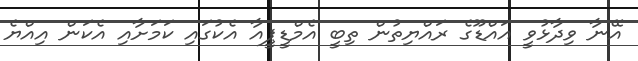
އޭނާ ވިދާޅުވީ އައްޑޫގެ ރައްޔިތުން ތިބީ އެމްޑީޕީއާ އެކުގައި ކަމަށާއި އެކަން އިއްޔެ